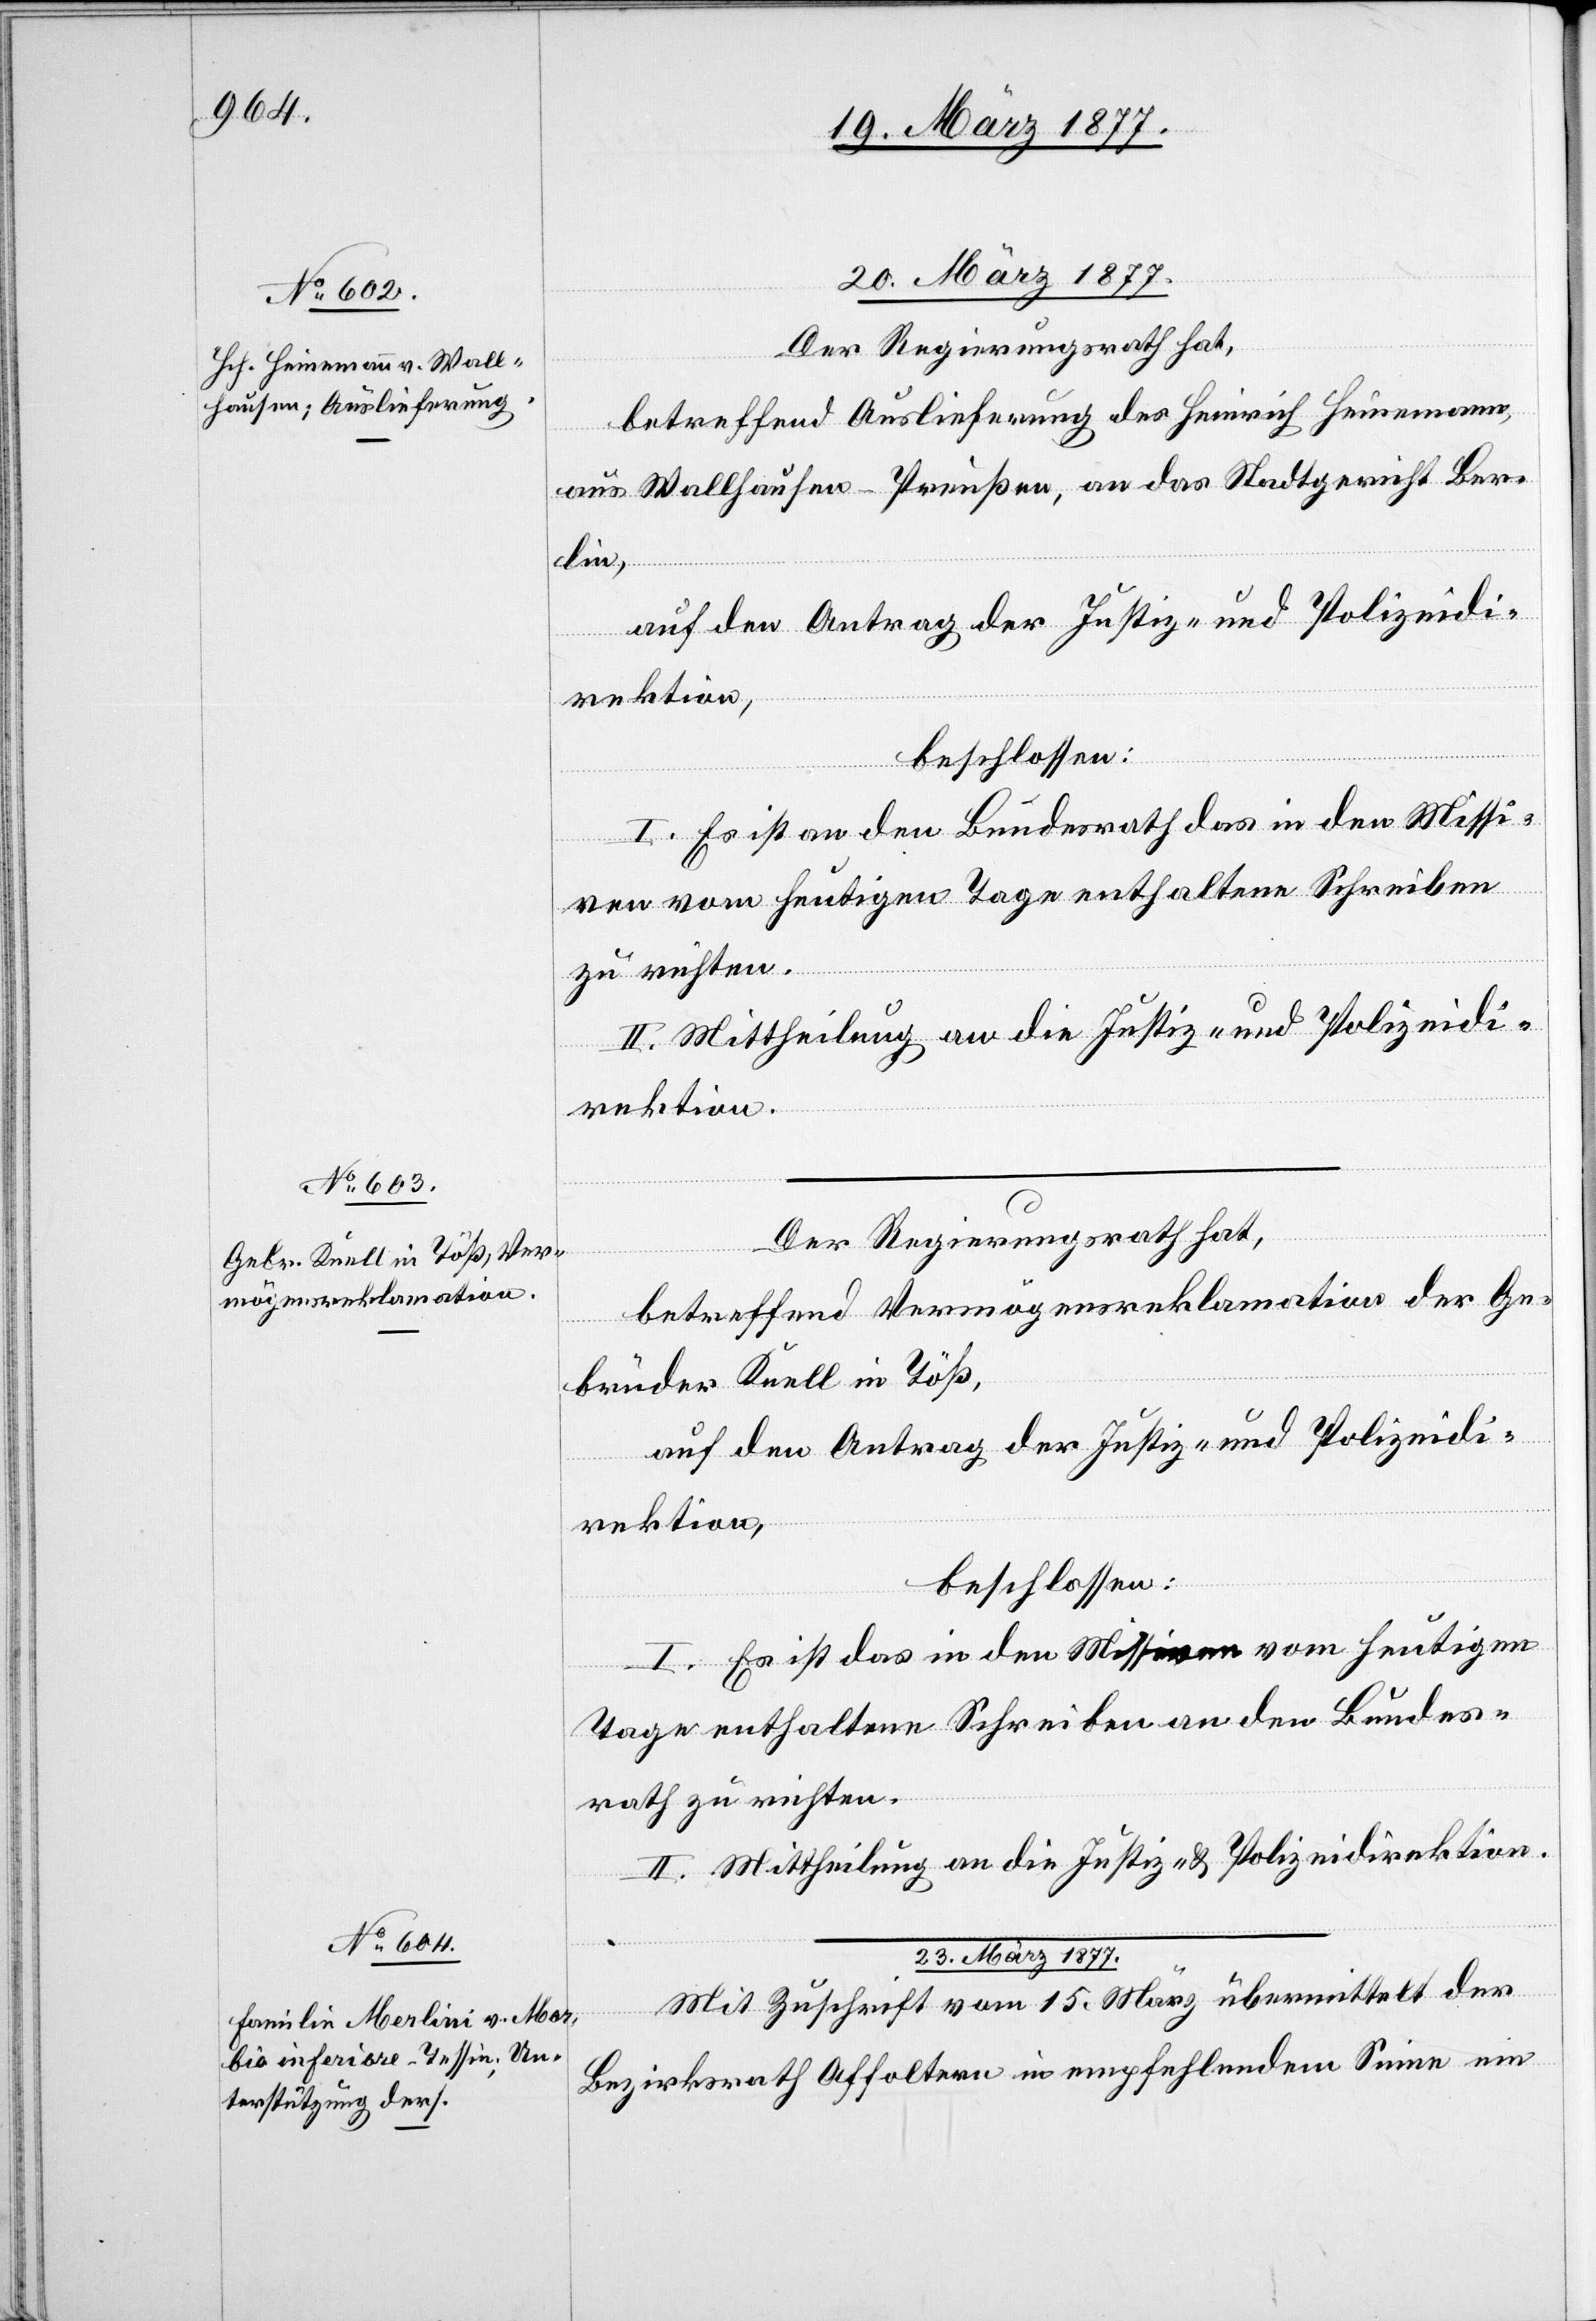
20. März 1877.]
Der Regierungsrath hat,
betreffend Auslieferung des Heinrich Heinemann,
aus Wallhausen - Preußen, an das Stadtgericht Ber¬
lin,
auf den Antrag der Justiz- und Polizeidi¬
rektion,
l-Ve¬
beschlossen:
I. Es ist an den Bundesrath das in den Missi¬
ven vom heutigen Tage enthaltene Schreiben
zu richten.
II. Mittheilung an die Justiz- und Polizeidi¬
rektion.
rfüg¬
betreffend Vermögensreklamation der Ge¬
brüder Knell in Töß,
auf den Antrag der Justiz- und Polizeidi¬
rektion,
beschlossen:
I. Es ist das in den Missiven vom heutigen
Tage enthaltene Schreiben an den Bundes¬
rath zu richten.
II. Mittheilung an die Justiz- & Polizeidirektion.
ungen.
23. März 1877.
Mit Zuschrift vom 15. März übermittelt der
Bezirksrath Affoltern in empfehlendem Sinne ein